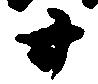
廿